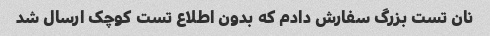
نان تست بزرگ سفارش دادم که بدون اطلاع تست کوچک ارسال شد